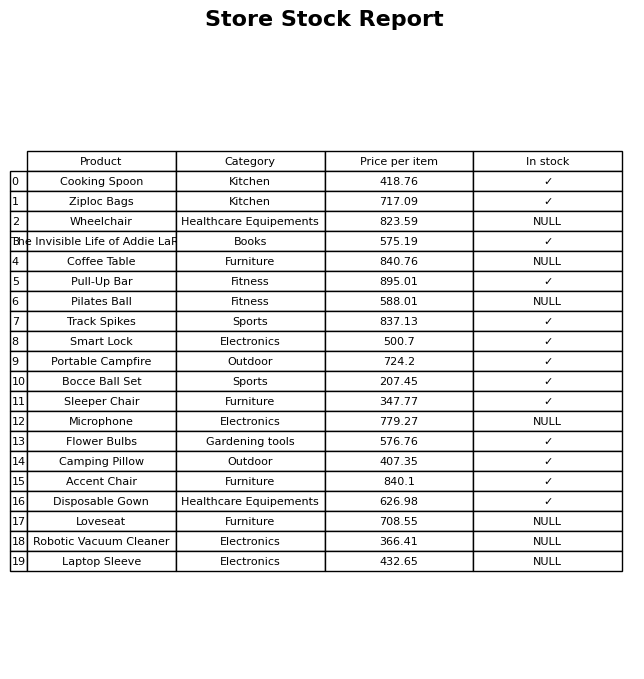
question: What is the price for Cooking Spoon?
answer: The price of Cooking Spoon is 418.76.